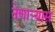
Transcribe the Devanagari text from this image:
नेणाऱ्यास